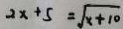
2 x + 5 = \sqrt { x + 1 0 }